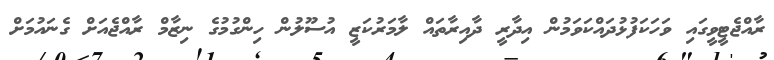
ރާއްޖެޓީވީގައި ވަހަކަފުޅުދައްކަވަމުން އިދާރީ ދާއިރާތައް ލާމަރުކަޒީ އުސޫލުން ހިންގުމުގެ ނިޒާމް ރާއްޖެއަށް ގެނައުމަށް